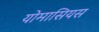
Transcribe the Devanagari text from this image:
योमासियस